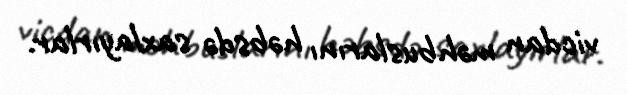
vicdan məhbuslarını həbsdə saxlayırlar.